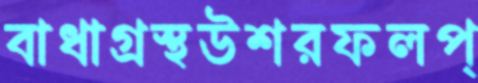
বাধাগ্রস্থউশরফলপ্